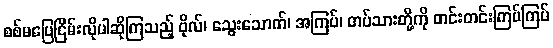
စစ်မပြေငြိမ်းလိုပါဆိုကြသည့် ဗိုလ်၊ သွေးသောက်၊ အကြပ်၊ တပ်သားတို့ကို တင်းတင်းကြပ်ကြပ်